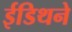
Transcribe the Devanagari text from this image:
ईडिथने